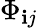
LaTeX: \Phi_{\mathbf{i}j}